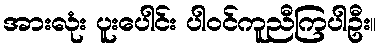
အားလုံး ပူးပေါင်း ပါဝင်ကူညီကြပါဦး။